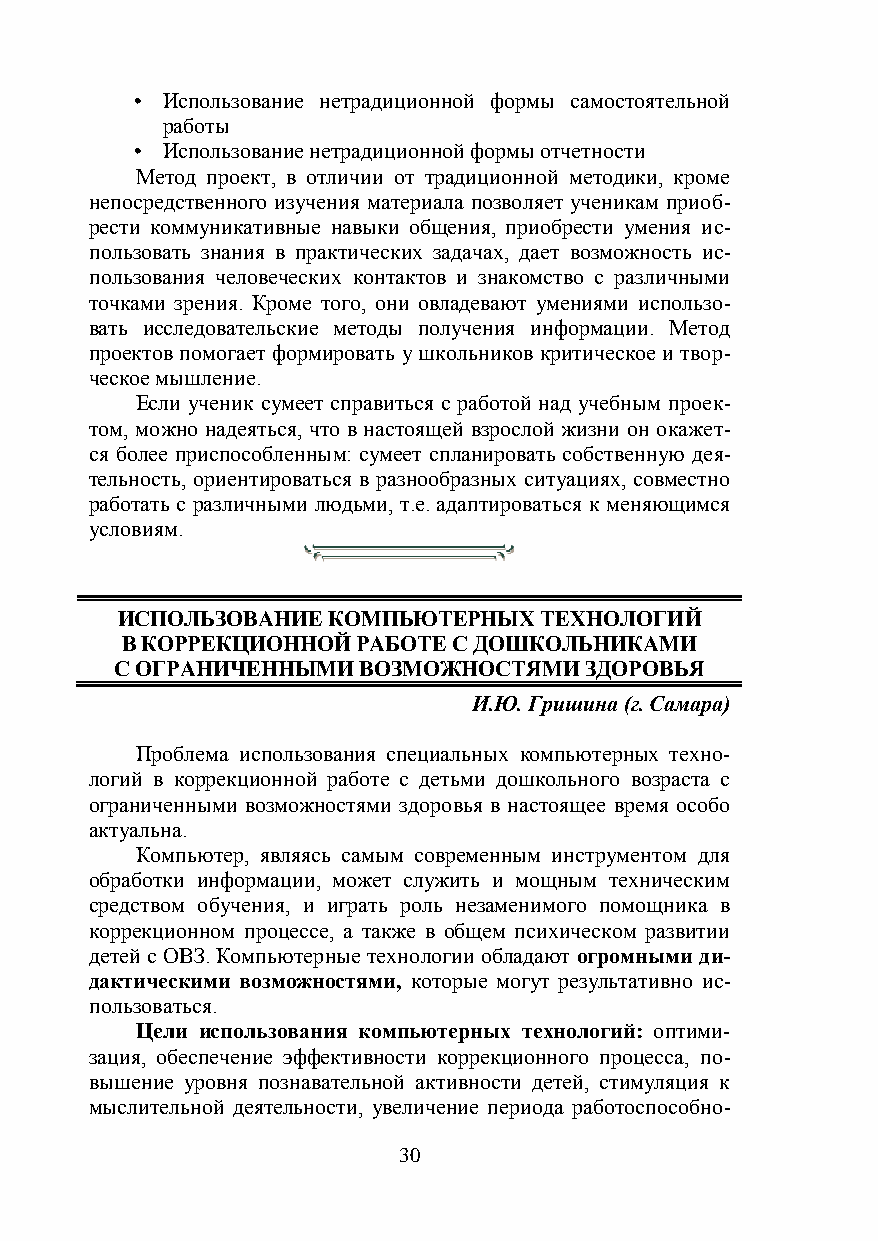
• Использование нетрадиционной формы самостоятельной
 работы
 • Использование нетрадиционной формы отчетности
 Метод проект, в отличии от традиционной методики, кроме
 непосредственного изучения материала позволяет ученикам приоб-
 рести коммуникативные навыки общения, приобрести умения ис-
 пользовать знания в практических задачах, дает возможность ис-
 пользования человеческих контактов и знакомство с различными
 точками зрения. Кроме того, они овладевают умениями использо-
 вать исследовательские методы получения информации. Метод
 проектов помогает формировать у школьников критическое и твор-
 ческое мышление.
 Если ученик сумеет справиться с работой над учебным проек-
 том, можно надеяться, что в настоящей взрослой жизни он окажет-
 ся более приспособленным: сумеет спланировать собственную дея-
 тельность, ориентироваться в разнообразных ситуациях, совместно
 работать с различными людьми, т.е. адаптироваться к меняющимся
 условиям.
 ИСПОЛЬЗОВАНИЕ КОМПЬЮТЕРНЫХ  ТЕХНОЛОГИЙ
 В КОРРЕКЦИОННОЙ РАБОТЕ С ДОШКОЛЬНИКАМИ
 С ОГРАНИЧЕННЫМИ ВОЗМОЖНОСТЯМИ  ЗДОРОВЬЯ
 И.Ю. Гришина (г. Самара)
 Проблема использования специальных компьютерных техно-
 логий в коррекционной работе с детьми дошкольного возраста с
 ограниченными возможностями здоровья в настоящее время особо
 актуальна.
 Компьютер, являясь самым современным инструментом для
 обработки информации, может служить и мощным техническим
 средством обучения, и играть роль незаменимого помощника в
 коррекционном процессе, а также в общем психическом развитии
 детей с ОВЗ. Компьютерные технологии обладают огромными ди-
 дактическими возможностями, которые могут результативно ис-
 пользоваться.
 Цели использования компьютерных технологий: оптими-
 зация, обеспечение эффективности коррекционного процесса, по-
 вышение уровня познавательной активности детей, стимуляция к
 мыслительной деятельности, увеличение периода работоспособно-
 30